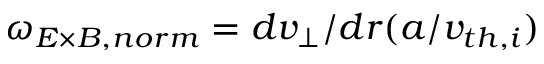
\omega _ { E \times B , n o r m } = d v _ { \perp } / d r ( a / v _ { t h , i } )